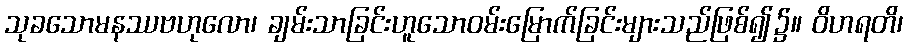
သုခသောမနဿဗဟုလော၊ ချမ်းသာခြင်းဟူသောဝမ်းမြောက်ခြင်းများသည်ဖြစ်၍၌။ ဝိဟရတိ၊